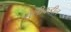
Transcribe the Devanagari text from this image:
मुलीकडील